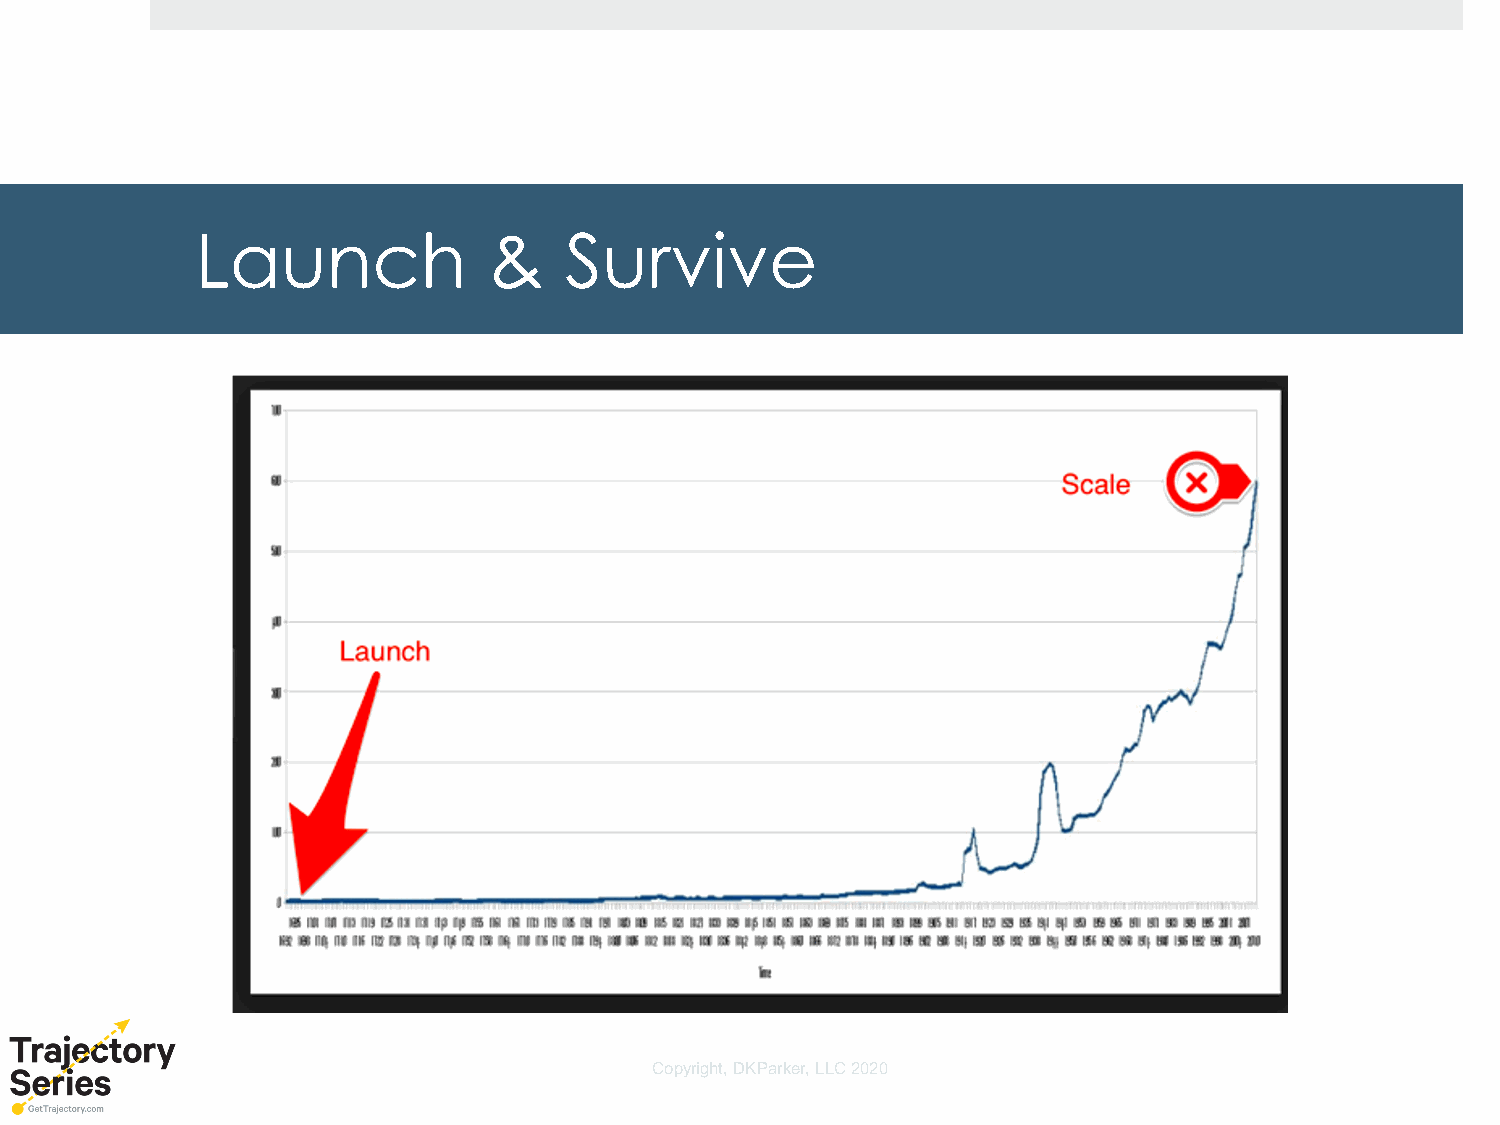
Launch             &    Survive
 Copyright, DKParker, LLC 2020